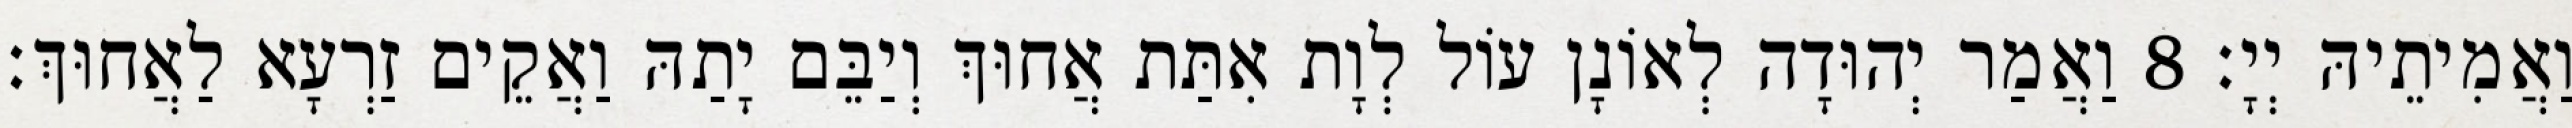
וַאֲמִיתֵיהּ יְיָ׃ 8 וַאֲמַר יְהוּדָה לְאוֹנָן עוֹל לְוָת אִתַּת אֲחוּךְ וְיַבֵּם יָתַהּ וַאֲקֵים זַרְעָא לַאֲחוּךְ׃